Vital statistics of India. Vol. VI, European troops 1870-79
Year: 1870
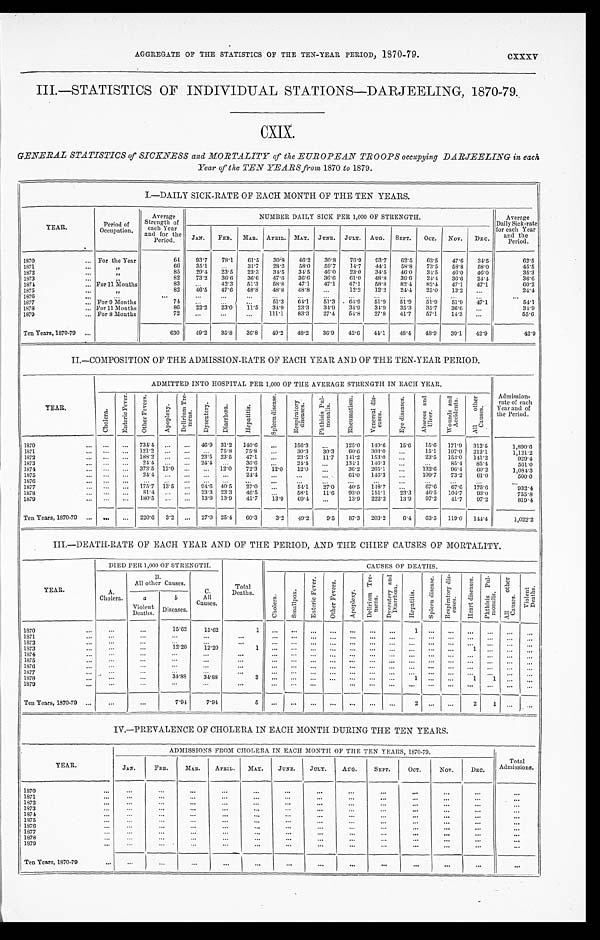
AGGREGATE OF THE STATISTICS OF THE TEN-YEAR PERIOD, 1870-79.
cxxxv
III.—STATISTICS OF INDIVIDUAL STATIONS—DARJEELING, 1870-79.
CXIX.
GENERAL STATISTICS of SICKNESS and MORTALITY of the EUROPEAN TROOPS occupying DARJEELING in each
Year of the TEN YEARS from 1870 to 1879.
I.—DAILY SICK-RATE OF EACH MONTH OF THE TEN YEARS.
YEAR.
Period of
Occupation.
Average
Strength of
each Year
and for th
e Period.
NUMBER DAILY SICK PER 1,000 OF STRENGTH.
Average
Daily Sick-rate
for each Year
and the
Period.
J A N . FEB. MAR. APRIL. MAY. JUNE. JULY. AUG. SEPT. OCT. NOV. DEC.
1 8 7 0
For the Year
64 93.7 78.1 61.5 30.8 46.2 30.8 76.9 93.7 62.5 63.5 47.6 34.5
62. 5
1871
, ,
66 35.1
31.7 28.2 58.0 59.7 14.7 44.1 58.8 73.5 58.8 58.0
45.5
1872
, ,
85 29.4 23.5 23.3 34.5 34.5 46.0 23.0 34.5 46.0 34.5 46.0 46.0
35.3
1873
,,
82 73.2 36.6 36.6 47.6 36.6 36.6 61.0 48.8 36.6 24.4 36.6 24.4
36. 6
1874
For 11 Months
83
42.3 51.3 58.8 47.1 47.1 47.1 58.8 82.4 82.4 47.1 47.1
60.2
1875
, ,
82 46.5 47.6 48.8 48.8 48.8
12.2 12.2 24.4 25.0 13.2
24.4
1 8 7 6 1 8 7 7
F o r 9 M o n t h s
74
51.3 64.1 51.3 64.9 51.9 5 1 . 9
51.9 51.9
4 7 . 1
54. 1
1878
For 11 Months
86 22.2 23.0 11.5 34.9 23.3 34.9 34.9 34.9 35.3 35.7 36.6
34. 9
1879
For 8 Months
72
111.1 83.3 27.4 54.8 27.8 41.7 57.1 14.3
55. 6
Ten Years, 1870-79
630 49.2 35.8 36.8 49.2 48.2 36.9 42.6 44.1 48.4 48.9 39.1 42.9
42. 9
II.—COMPOSITION OF THE ADMISSION-RATE OF EACH YEAR AND OF THE TEN-YEAR PERIOD.
YEAR.
ADMITTED INTO HOSPITAL PER 1,000 OF THE AVERAGE STRENGTH IN EACH YEAR.
Admission
-rate of each
Year and of
the Period.
C h o l e r a .
E n t e r i c F e v e r .
O t h e r F e v e r s .
A p o p l e x y .
D e l i r i u m T r e - m e n s .
D y s e n t e r y . D i a r r h œ a .
H e p a t i t i s .
S p l e e n d i s e a s e . R e s p i r a t o r y d i s e a s e s .
P h t h i s i s P u l - m o n a l i s .
R h e u m a t i s m .
V e n e r e a l d i s - e a s e s .
E y e d i s e a s e s . A b s c e s s a n d U l c e r .
W o u n d s a n d A c c i d e n t s .
A l l o t h e r C a u s e s .
1 8 7 0
734.4
4 6 . 9
3 1 . 2
1 4 0 . 6
1 5 6 . 3
1 2 5 . 0
1 4 0 . 6
1 5 . 6
1 5 . 6
171.9 312.5
1,890.6
1871
121.2
75.8 75.8
30.3 30.3
6 0 . 6 303.0
1 5 . 1 197.0 212.1
1,121.2
1872
188.2
23.5 23.5 47.1
23.5 11.7 141.2 153.0
23.5 153.0 141.2
929. 4
1873
2 4 . 4
2 4 . 4
36.6
24.4
134.1 146.3
85.4 85.4
561.0
1874
373.5 12.0
12.0 72.3 12.0 12.0
36.2 265.1
132.6 96.4 60.2
1,084.3
1875
2 4 . 4
2 4 . 4
61.0 146.3
109.7 73.2 61.0
500. 0
1876
1877
175.7 13.5
94.6 40.5 27.0
54.1 27.0
4 0 . 5 148.7
67.6 67.6 175.6
932.4
1878
81.4
23.3 23.3 46.5
58.1 11.6 93.0 151.1 23.3 46.5 104.7 93.0
755.8
1879
180.5
13.9 13.9 41.7 13.9 69.4
13.9 222.2 13.9 97.2 41.7 97.2
819.4
Ten Years, 1870-79
220.6 3.2
27.0 25.4 60.3
3.2 49.2 9.5 87.3 203.2 6.4 63.5 119.0 144.4
1,022.2
III.—DEATH-RATE OF EACH YEAR AND OF THE PERIOD, AND THE CHIEF CAUSES OF MORTALITY.
YEAR.
DIED PER 1,000 OF STRENGTH.
Total
Deaths.
CAUSES OF DEATHS.
A.
Chol e r a .
B.
Al l ot her Causes.
C.
All
Causes.
C h o l e r a . S m a l l p o x .
E n t e r i c F e v e r .
O t h e r F e v e r s .
A p o p l e x y .
D e l i r i u m T r e - m e n s .
D y s e n t e r y a n d D i a r r h œ a .
H e p a t i t i s .
S p l e e n d i s e a s e .
R e s p i r a t o r y d i s - e a s e s . H e a r t d i s e a s e s . P h t h i s i s P u l - m o n a l i s .
A l l o t h e r C a u s e s .
V i o l e n t D e a t h s .
a
Violent
Deaths.
bD
i s e a s e s .
1870
15.62
15.62
1
1
1871 1 8 7 2
1873
12.20
12.20
1
1
1874 1875
1876
1 8 7 7
1 8 7 8
34.88 34.88
3
1
1
1
1879
Ten Years, 1870-79
7.94
7.94
5
2
2 1
IV.—PREVALENCE OF CHOLERA IN EACH MONTH DURING THE TEN YEARS.
YEAR.
ADMISSIONS FROM CHOLERA IN EACH MONTH OF THE TEN YEARS, 1870-79.
Total
Admi s s i ons .
JAN.
FEB. MAR. APRIL. MAY.
JUNE. JULY.
AUG.
SEPT.
OCT.
NOV.
DEC.
1870 1871 1 8 7 2
1 8 7 3
1874 1 8 7 5
1876 1877 1878 1879
Ten Years, 1870-79